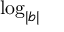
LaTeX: \log _ { | b | }